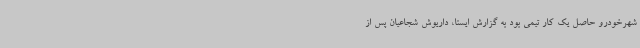
شهرخودرو حاصل یک کار تیمی بود به گزارش ایسنا، داریوش شجاعیان پس از